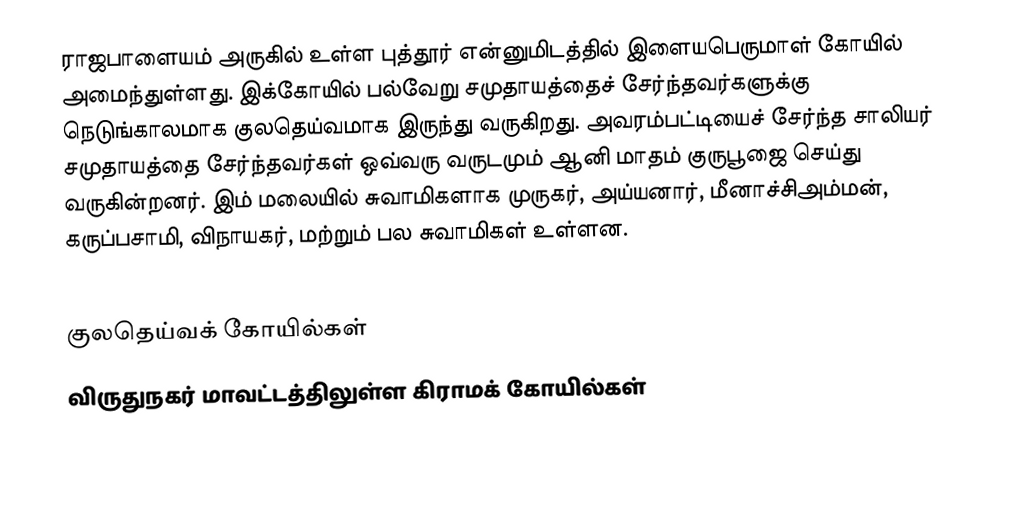
ராஜபாளையம் அருகில் உள்ள புத்தூர் என்னுமிடத்தில் இளையபெருமாள் கோயில் அமைந்துள்ளது. இக்கோயில் பல்வேறு சமுதாயத்தைச் சேர்ந்தவர்களுக்கு நெடுங்காலமாக குலதெய்வமாக இருந்து வருகிறது. அவரம்பட்டியைச் சேர்ந்த சாலியர் சமுதாயத்தை சேர்ந்தவர்கள் ஒவ்வரு வருடமும் ஆனி மாதம் குருபூஜை செய்து வருகின்றனர். இம் மலையில் சுவாமிகளாக  முருகர், அய்யனார், மீனாச்சிஅம்மன், கருப்பசாமி, விநாயகர், மற்றும் பல சுவாமிகள் உள்ளன.

 குலதெய்வக் கோயில்கள்
விருதுநகர் மாவட்டத்திலுள்ள கிராமக் கோயில்கள்